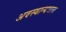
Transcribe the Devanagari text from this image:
अवस्थान्यथात्व